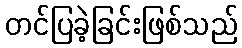
တင်ပြခဲ့ခြင်းဖြစ်သည်